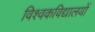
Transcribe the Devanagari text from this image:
विश्वकविद्यालयों